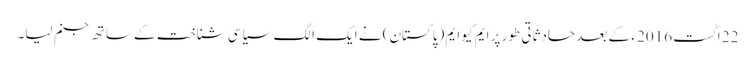
22 اگست 2016 ء کے بعد حادثاتی طور پر ایم کیو ایم (پاکستان) نے ایک الگ سیاسی شناخت کے ساتھ جنم لیا۔